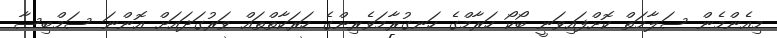
މިއެންމެން ސަލާމަތް ކޮށްފައިވަނީ ބޯކޯ ހަރާމްގެ ހަނގުރާމަވެރިންގެ ހަރަކާތްތައް ވަރުގަދައަށް އޮންނަ ސަމްބިސާ